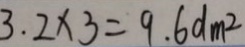
3 . 2 \times 3 = 9 . 6 d m ^ { 2 }